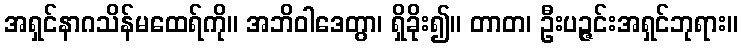
အရှင်နာဂသိန်မထေရ်ကို။ အဘိဝါဒေတွာ၊ ရှိခိုး၍။ တာတ၊ ဦးပဉ္ဇင်းအရှင်ဘုရား။